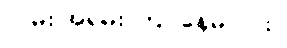
လမ်း အရမ်း ကြပ်နေမလား။